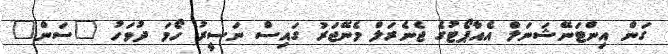
ގަން އިންޓަނޭޝަނަލް އެއާޕޯޓުގެ ޖެނެރަލް މެނޭޖަރު ގައިސް ނަސީރު ހޯމަ ދުވަހު "ސަން"